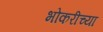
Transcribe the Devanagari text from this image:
भोकरीच्या